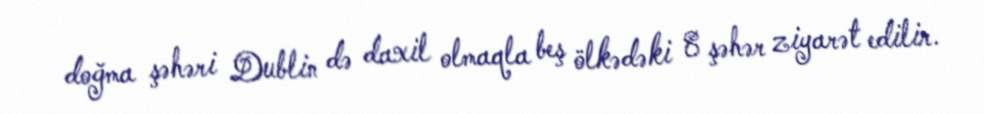
doğma şəhəri Dublin də daxil olmaqla beş ölkədəki 8 şəhər ziyarət edilir.